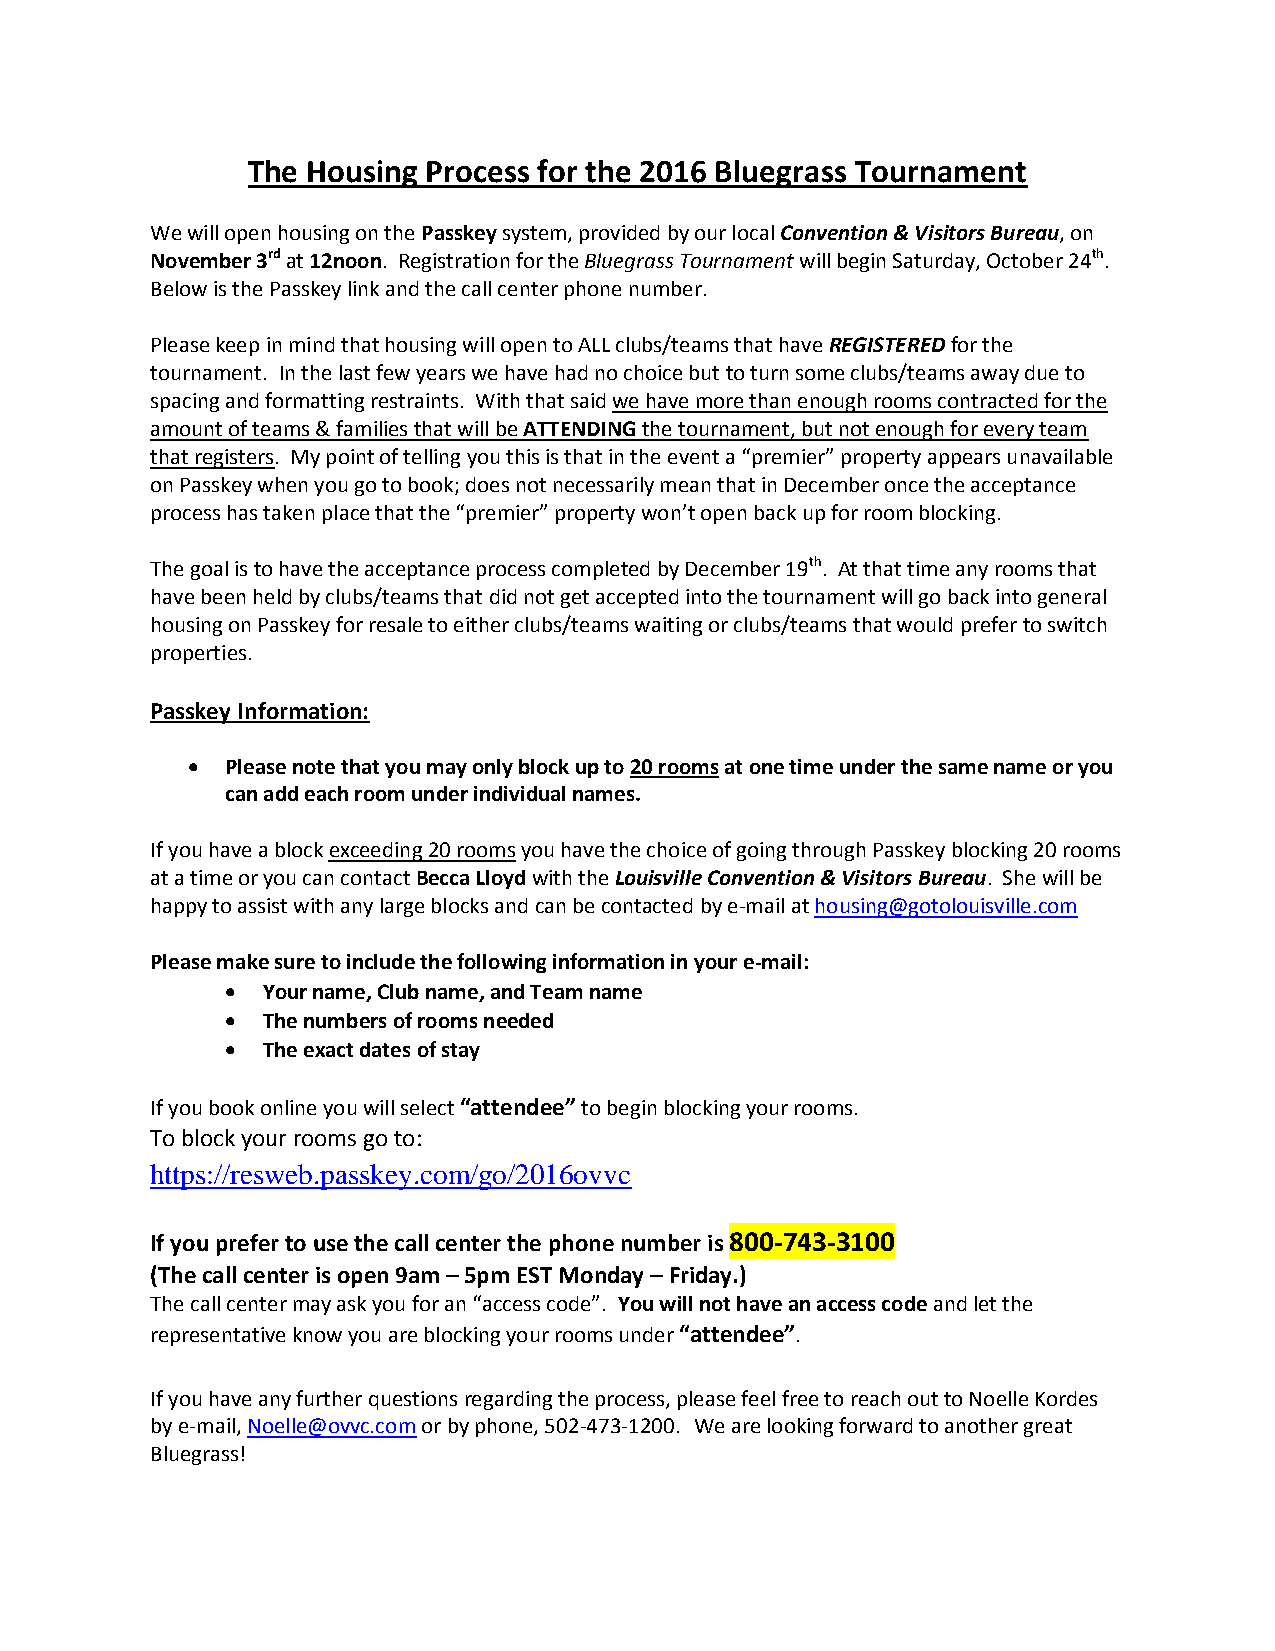
The Housing Process for the 2016 Bluegrass Tournament
 We will open housing on the Passkey system, provided by our local Convention & Visitors Bureau, on
 November 3rd at 12noon. Registration for the Bluegrass Tournament will begin Saturday, October 24th.
 Below is the Passkey link and the call center phone number.
 Please keep in mind that housing will open to ALL clubs/teams that have REGISTERED for the
 tournament. In the last few years we have had no choice but to turn some clubs/teams away due to
 spacing and formatting restraints. With that said we have more than enough rooms contracted for the
 amount of teams & families that will be ATTENDING the tournament, but not enough for every team
 that registers. My point of telling you this is that in the event a “premier” property appears unavailable
 on Passkey when you go to book; does not necessarily mean that in December once the acceptance
 process has taken place that the “premier” property won’t open back up for room blocking.
 The goal is to have the acceptance process completed by December 19th. At that time any rooms that
 have been held by clubs/teams that did not get accepted into the tournament will go back into general
 housing on Passkey for resale to either clubs/teams waiting or clubs/teams that would prefer to switch
 properties.
 Passkey Information:
   Please note that you may only block up to 20 rooms at one time under the same name or you
 can add each room under individual names.
 If you have a block exceeding 20 rooms you have the choice of going through Passkey blocking 20 rooms
 at a time or you can contact Becca Lloyd with the Louisville Convention & Visitors Bureau. She will be
 happy to assist with any large blocks and can be contacted by e-mail at housing@gotolouisville.com
 Please make sure to include the following information in your e-mail:
  Your name, Club name, and Team name
  The numbers of rooms needed
  The exact dates of stay
 If you book online you will select “attendee” to begin blocking your rooms.
 To block your rooms go to:
 https://resweb.passkey.com/go/2016ovvc
 If you prefer to use the call center the phone number is 800-743-3100
 (The call center is open 9am – 5pm EST Monday – Friday.)
 The call center may ask you for an “access code”. You will not have an access code and let the
 representative know you are blocking your rooms under “attendee”.
 If you have any further questions regarding the process, please feel free to reach out to Noelle Kordes
 by e-mail, Noelle@ovvc.com or by phone, 502-473-1200. We are looking forward to another great
 Bluegrass!